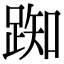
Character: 踟